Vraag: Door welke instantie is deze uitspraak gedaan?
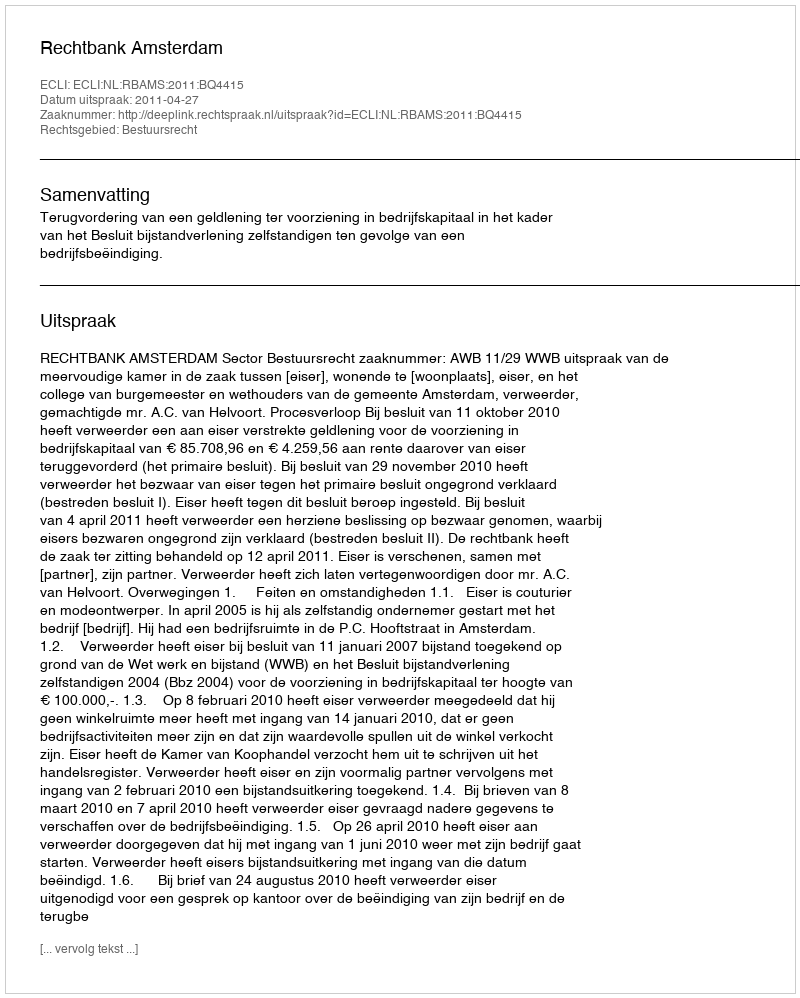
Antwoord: Rechtbank Amsterdam